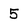
Character: 5